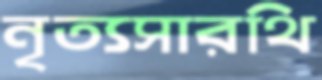
নৃত্যসারথি